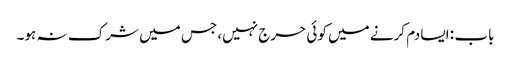
باب : ایسا دم کرنے میں کوئی حرج نہیں، جس میں شرک نہ ہو۔